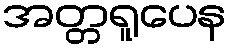
အတ္တရူပေန